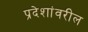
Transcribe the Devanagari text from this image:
प्रदेशांवरील